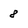
Character: 8